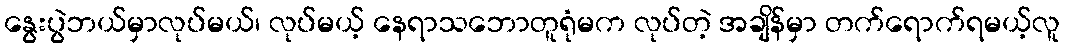
နွေးပွဲဘယ်မှာလုပ်မယ်၊ လုပ်မယ့် နေရာသဘောတူရုံမက လုပ်တဲ့ အချိန်မှာ တက်ရောက်ရမယ့်လူ